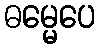
ဓမ္မေပေ